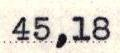
45,18